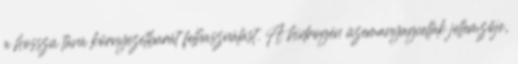
a hosszú távú környezetbarát felhasználást. A hidrogén üzemanyagcellák jellemzője,